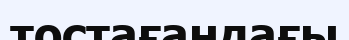
тостағандағы